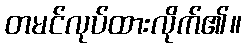
တမင်လုပ်ထားလိုက်၏။